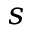
s